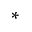
^ { * }